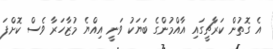
އެ ގޮތުން ކަރާޗީގައި އާއްމުންގެ ބަޔަކު ވަނީ އިއްޔެ މުޒާހަރާ ވެސް ކޮށްފަ